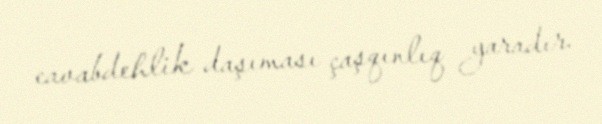
cavabdehlik daşıması çaşqınlıq yaradır.